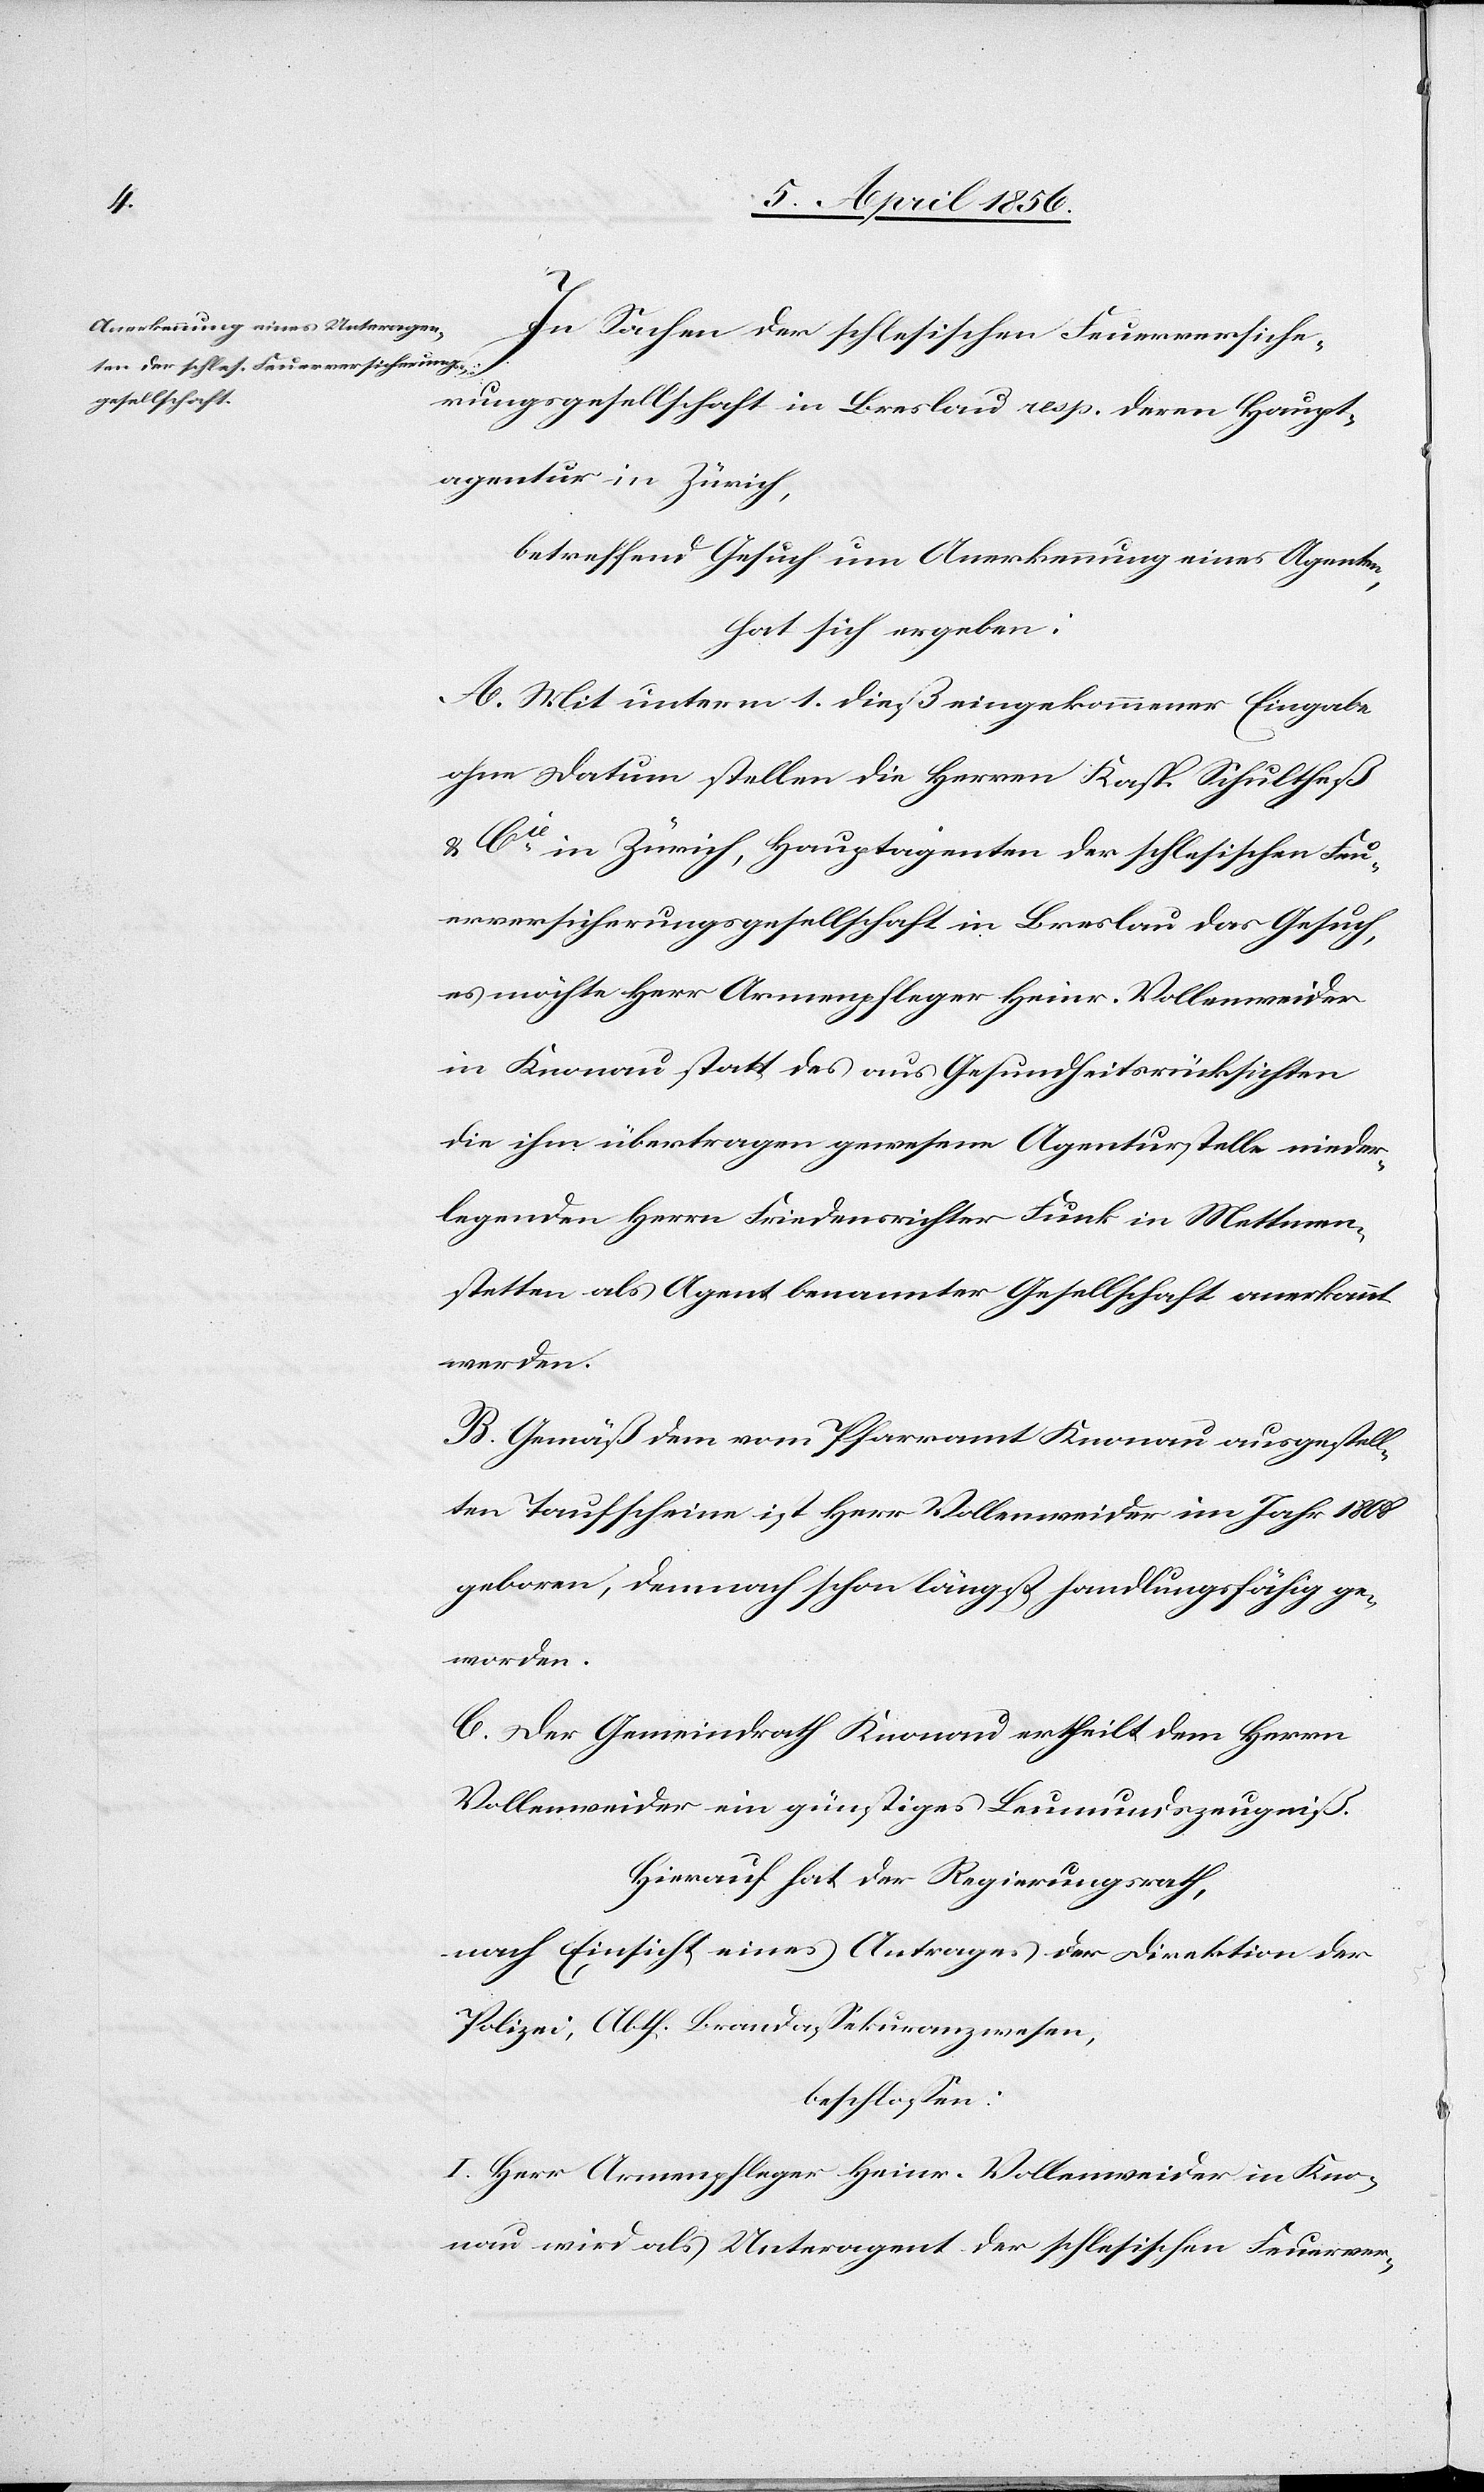
In Sachen der schlesischen Feuerversiche¬
rungsgesellschaft in Breslau resp. deren Haupt¬
agentur in Zürich,
betreffend Gesuch um Anerkennung eines Agenten,
hat sich ergeben:
A. Mit unterm 1. dieß eingekommener Eingabe
ohne Datum stellen die Herren Kasp. Schultheß
& Cie in Zürich, Hauptagenten der schlesischen Feu¬
erversicherungsgesellschaft in Breslau das Gesuch,
es möchte Herr Armenpfleger Heinr. Vollenweider
in Knonau statt des aus Gesundheitsrücksichten
die ihm übertragen gewesene Agenturstelle wieder¬
legenden Herrn Friedensrichter Funk in Mettmen¬
stetten als Agent benannter Gesellschaft anerkannt
werden.
B. Gemäß dem vom Pfarramt Knonau ausgestell¬
ten Taufscheine ist Herr Vollenweider im Jahr 1808
geboren, demnach schon längst handlungsfähig ge¬
worden.
C. Der Gemeindrath Knonau ertheilt dem Herrn
Vollenweider ein günstiges Leumundszeugniß.
Hierauf hat der Regierungsrath,
nach Einsicht eines Antrages der Direktion der
Polizei, Abth. Brandassekuranzwesen,
beschloßen:
I. Herr Armenpfleger Heinr. Vollenweider in Kno¬
nau wird als Unteragent der schlesischen Feuerver-